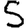
Digit: 5